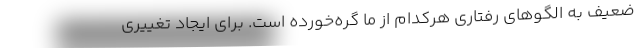
ضعیف به الگوهای رفتاری هرکدام از ما گره‌خورده است. برای ایجاد تغییری